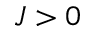
J > 0